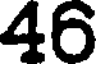
46